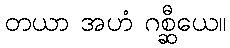
တယာ အဟံ ဂစ္ဆီယေ။